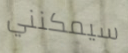
سيمكنني